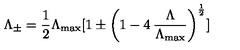
\Lambda _ { \pm } = \frac { 1 } { 2 } \Lambda _ { \max } \lbrack 1 \pm \left( 1 - 4 \: \frac { \Lambda } { \Lambda _ { \max } } \right) ^ { \frac { 1 } { 2 } } \rbrack